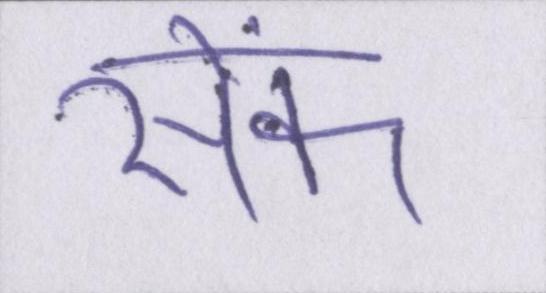
सेंक